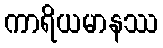
ကာရိယမာနဿ